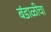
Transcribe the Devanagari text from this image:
बंडाळीचा